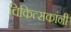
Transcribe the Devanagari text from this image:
चिकित्सकांनी